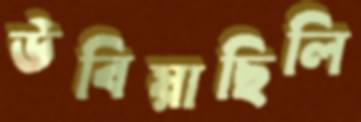
উবিয়াছিলি